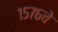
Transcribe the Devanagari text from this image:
१५७६चे